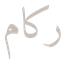
ركام